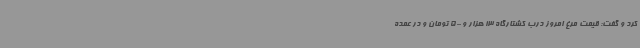
کرد و گفت: قیمت مرغ امروز درب کشتارگاه 13 هزار و 500 تومان و در عمده